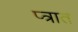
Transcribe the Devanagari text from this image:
प्त्रात